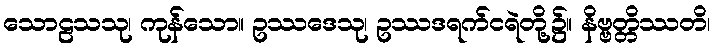
သောဠသသု၊ ကုန်သော။ ဥဿဒေသု၊ ဥဿဒရက်ငရဲတို့၌။ နိဗ္ဗတ္တိဿတိ၊